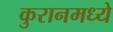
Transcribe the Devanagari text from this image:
कुरानमध्ये